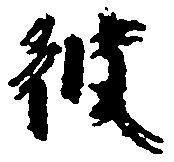
彼